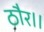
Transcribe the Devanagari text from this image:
ठौर।।